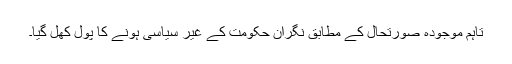
تاہم موجودہ صورتحال کے مطابق نگران حکومت کے غیر سیاسی ہونے کا پول کھل گیا۔